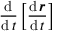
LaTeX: { \frac { \operatorname { d } } { \operatorname { d } t } } \left[ { \frac { \operatorname { d } { \boldsymbol { r } } } { \operatorname { d } t } } \right]